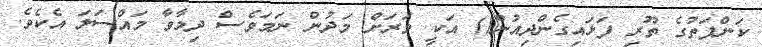
ކަންފަތުގެ ތޫރި ފަޅައިގެންދިއުން() އަކީ ވަރަށް މަދުން ނަމަވެސް ދިމާވާ މައްސަލަ އެކެވެ.